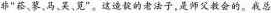
非“菘、蓼、马、昊、是-这造老法子师父教会的感总能特它照出来苋”。这造靛的老法子，是师傅教会的。我总